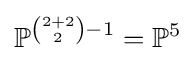
\mathbb {P} ^{{\binom {2+2}{2}}-1}=\mathbb {P} ^{5}